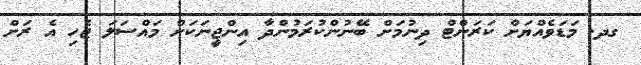
ގދ. މަޑަވެއްޔަށް ކަރަންޓް ދިނުމަށް ބޭނުންކުރަމުންދާ އިންޖީނަކަށް މައްސަލަ ޖެހި އެ ރަށް